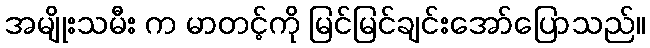
အမျိုးသမီး က မာတင့်ကို မြင်မြင်ချင်းအော်ပြောသည်။